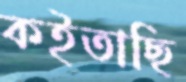
কইতাছি